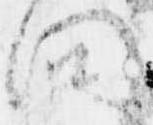
問